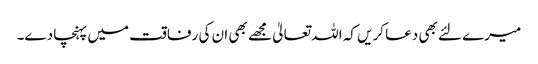
میرے لئے بھی دعا کریں کہ اللہ تعالیٰ مجھے بھی ان کی رفاقت میں پہنچا دے۔